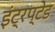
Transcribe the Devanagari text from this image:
इंट्रप्टेड